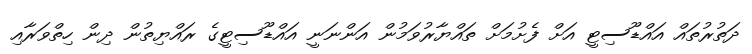
ދަތުރުތައް އައްޑޫސިޓީ އަށް ފެށުމަށް ތައްޔާރުވަމުން އަންނަނީ އައްޑޫސިޓީގެ ރައްޔިތުން ދިން ހިތްވަރާއި